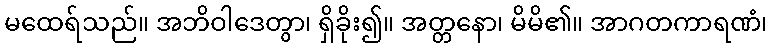
မထေရ်သည်။ အဘိဝါဒေတွာ၊ ရှိခိုး၍။ အတ္တနော၊ မိမိ၏။ အာဂတကာရဏံ၊